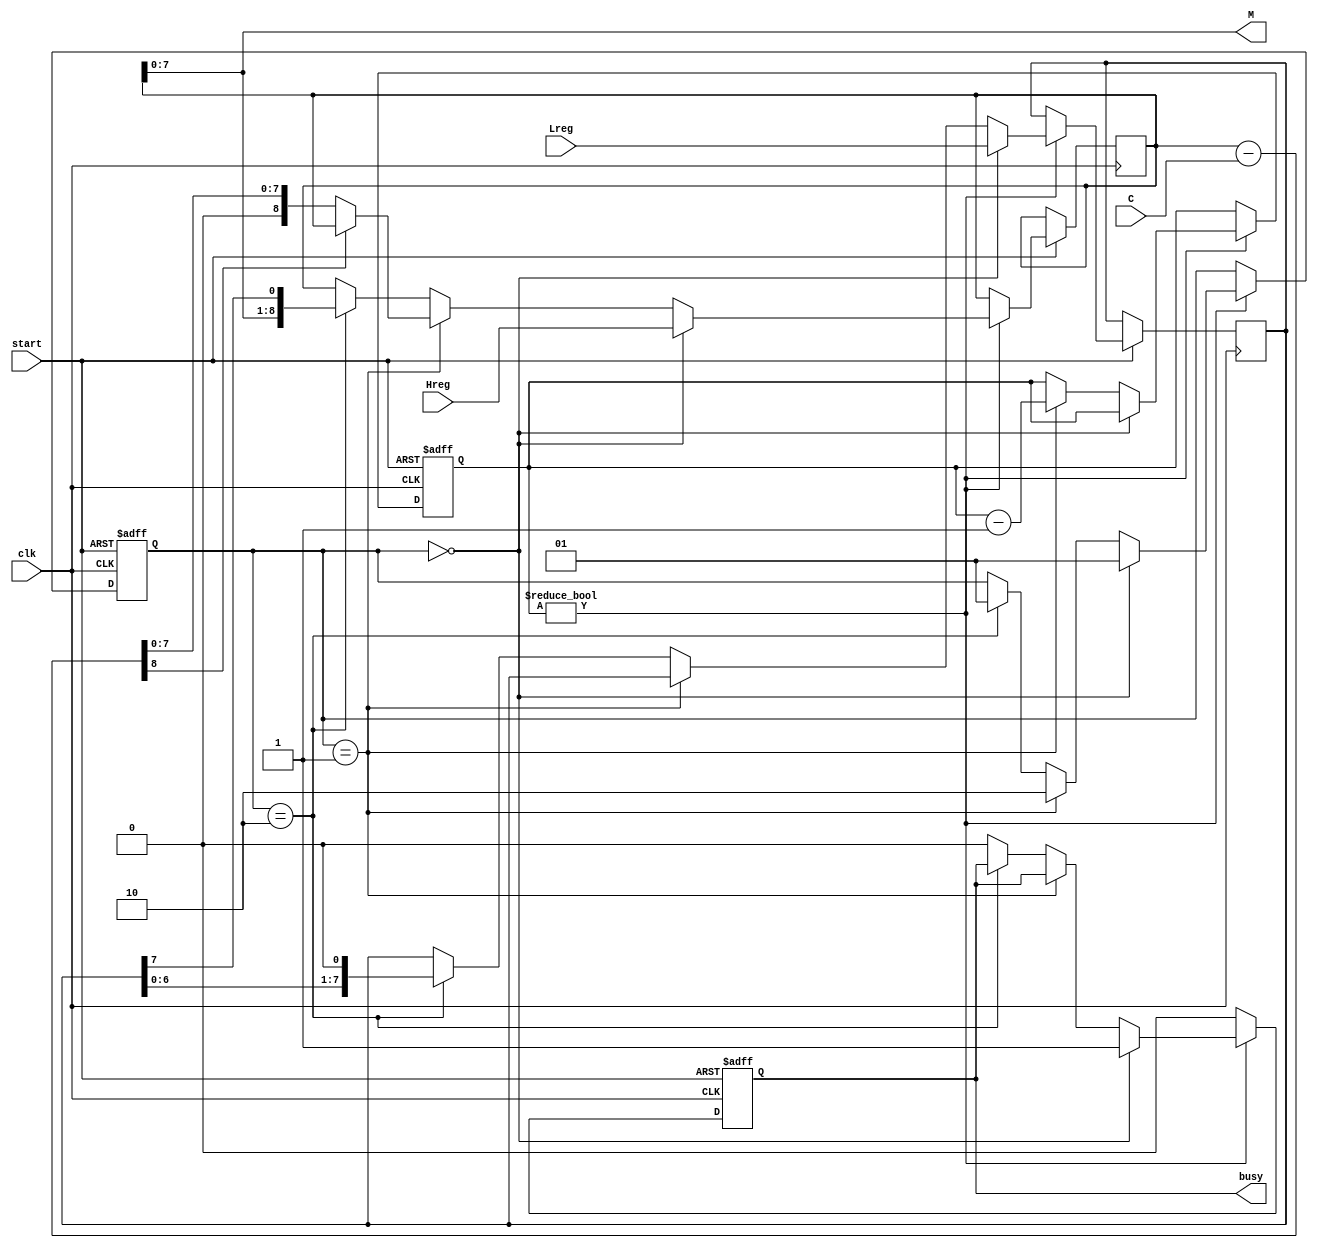
//*****************************************************************************
// Project              : RSA Project
// Designer             : atsuhiko yasuhiro 
// History              : 2022/8/26
//_____________________________________________________________________________
// Description;
//                      M = {Hreg, Lreg} mod C
//*****************************************************************************
`timescale 1ns/1ps

`define Init    0   //state
`define Sub     1   //state
`define Shift   2   //state
`define Bit     8   //#Bit modulo
`define Bit1    9   //Bit+1
`define Bit2    16  //Bit*2
`define BitN    3   //#Bit is BitN bit
`define BitN1   4   //BitN+1

module Modulo(clk, start, busy, C, Hreg, Lreg, M);

input clk, start;
input [`Bit-1:0] C;
input [`Bit:0] Hreg;
input [`Bit-1:0] Lreg;
output busy;
output [`Bit-1:0] M;

reg busy;
reg [`Bit:0] Hreg2;
reg [`Bit-1:0] Lreg2;
reg [1:0] state;
reg [`BitN:0] count;
wire [`Bit-1:0] M;
wire [`Bit:0] diff;

assign M = Hreg2[`Bit-1:0];  
assign diff = Hreg2 - C;

always @(posedge clk or negedge start) begin
if(!start) begin    //Ready
    busy <= 0;
    count <= `BitN1'd`Bit1;
    state <= 2'd`Init;
end else begin
    if(count != 0) begin
        if(state == `Init) begin    //Initialization state
            Hreg2 <= Hreg;
            Lreg2 <= Lreg;
            busy <= 1;
            state <= `Sub;
        end else if(state == `Sub) begin    //Substract state
            Hreg2 <= (diff[`Bit]? Hreg2 : diff[`Bit-1:0]);                      
          	count <= count - 1;
            state <= `Shift;
        end else if(state == `Shift) begin  //Shift state
            {Hreg2, Lreg2} <= {Hreg2[`Bit-1:0], Lreg2[`Bit-1:0], 1'b0};
            state <= `Sub;
        end else begin
            busy <= 0;  //illigal state
        end
    end else begin
    busy <= 0;  //Finish
    end
end
end

endmodule